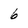
Character: 6